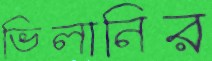
ভিলানির